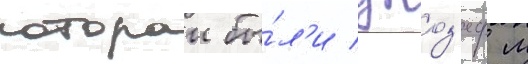
которои бы́л'и джоз'еф м